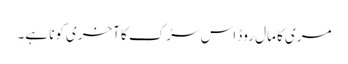
مری کا مال روڈ اس سڑک کا آخری کونا ہے۔